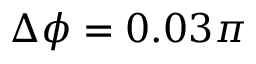
\Delta \phi = 0 . 0 3 \pi